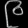
Digit: ၉